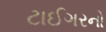
ટાઈગરનો